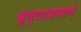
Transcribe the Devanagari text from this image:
वृत्ताप्रमाणे